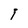
Character: I